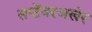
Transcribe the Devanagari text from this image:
सप्टेंबरअखेर